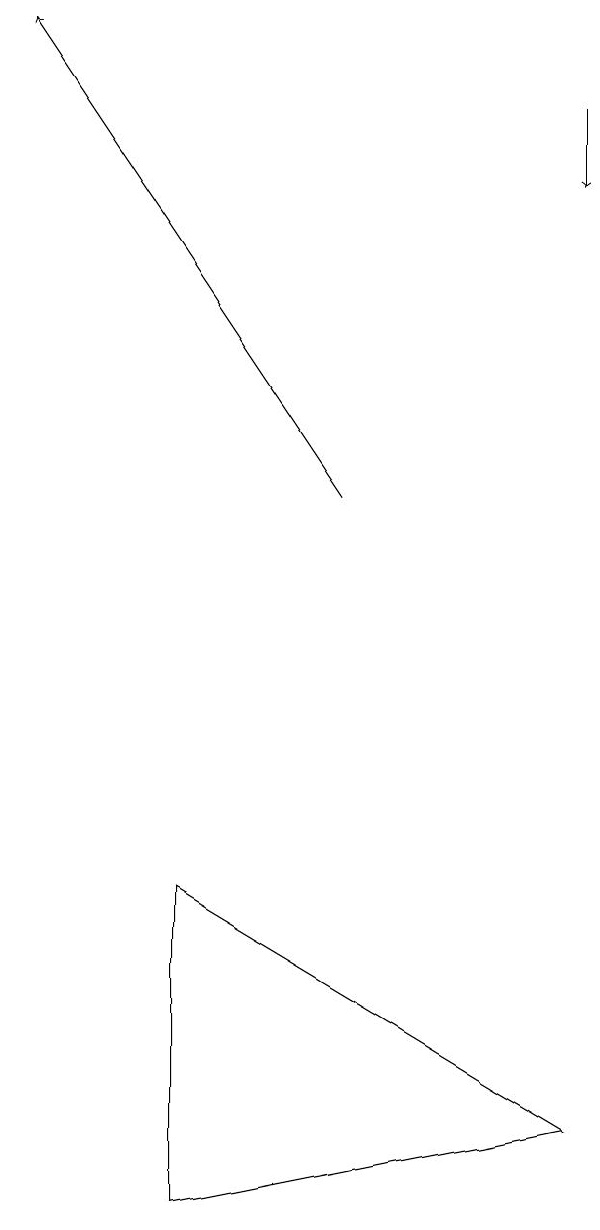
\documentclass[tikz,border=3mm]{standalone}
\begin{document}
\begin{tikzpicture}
\draw (4,2) -- (4,6) -- (9,3) -- cycle;
\draw[->] (9,16) -- (9,15);
\draw[->] (6,11) -- (2,17);
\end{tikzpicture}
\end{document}